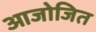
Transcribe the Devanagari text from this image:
आजोजित